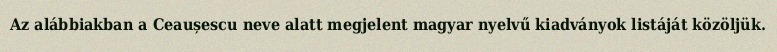
Az alábbiakban a Ceaușescu neve alatt megjelent magyar nyelvű kiadványok listáját közöljük.